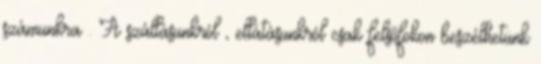
számunkra . A szállásunkról , ellátásunkról csak felsőfokon beszélhetünk